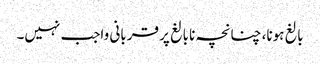
بالغ ہونا، چنانچہ نابالغ پر قربانی واجب نہیں۔